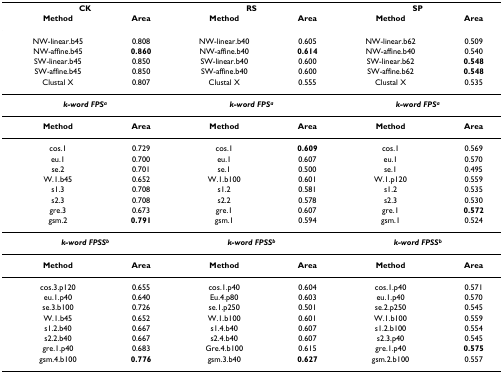
<table><thead><tr><td colspan="2"><b>CK</b></td><td colspan="2"><b>RS</b></td><td colspan="2"><b>SP</b></td></tr><tr><td><b>Method</b></td><td><b>Area</b></td><td><b>Method</b></td><td><b>Area</b></td><td><b>Method</b></td><td><b>Area</b></td></tr></thead><tbody><tr><td>NW-linear.b45</td><td>0.808</td><td>NW-linear.b40</td><td>0.605</td><td>NW-linear.b62</td><td>0.509</td></tr><tr><td>NW-affine.b45</td><td><b>0.860</b></td><td>NW-affine.b40</td><td><b>0.614</b></td><td>NW-affine.b40</td><td>0.540</td></tr><tr><td>SW-linear.b45</td><td>0.850</td><td>SW-linear.b40</td><td>0.600</td><td>SW-linear.b62</td><td><b>0.548</b></td></tr><tr><td>SW-affine.b45</td><td>0.850</td><td>SW-affine.b40</td><td>0.600</td><td>SW-affine.b62</td><td><b>0.548</b></td></tr><tr><td>Clustal X</td><td>0.807</td><td>Clustal X</td><td>0.555</td><td>Clustal X</td><td>0.535</td></tr><tr><td colspan="2"><b><i>k-word FPS<sup>a</sup></i></b></td><td colspan="2"><b><i>k-word FPS<sup>a</sup></i></b></td><td colspan="2"><b><i>k-word FPS<sup>a</sup></i></b></td></tr><tr><td><b>Method</b></td><td><b>Area</b></td><td><b>Method</b></td><td><b>Area</b></td><td><b>Method</b></td><td><b>Area</b></td></tr><tr><td>cos.1</td><td>0.729</td><td>cos.1</td><td><b>0.609</b></td><td>cos.1</td><td>0.569</td></tr><tr><td>eu.1</td><td>0.700</td><td>eu.1</td><td>0.607</td><td>eu.1</td><td>0.570</td></tr><tr><td>se.2</td><td>0.701</td><td>se.1</td><td>0.500</td><td>se.1</td><td>0.495</td></tr><tr><td>W.1.b45</td><td>0.652</td><td>W.1.b100</td><td>0.601</td><td>W.1.p120</td><td>0.559</td></tr><tr><td>s1.3</td><td>0.708</td><td>s1.2</td><td>0.581</td><td>s1.2</td><td>0.535</td></tr><tr><td>s2.3</td><td>0.708</td><td>s2.2</td><td>0.578</td><td>s2.3</td><td>0.530</td></tr><tr><td>gre.3</td><td>0.673</td><td>gre.1</td><td>0.607</td><td>gre.1</td><td><b>0.572</b></td></tr><tr><td>gsm.2</td><td><b>0.791</b></td><td>gsm.1</td><td>0.594</td><td>gsm.1</td><td>0.524</td></tr><tr><td colspan="2"><b><i>k-word FPSS<sup>b</sup></i></b></td><td colspan="2"><b><i>k-word FPSS<sup>b</sup></i></b></td><td colspan="2"><b><i>k-word FPSS<sup>b</sup></i></b></td></tr><tr><td><b>Method</b></td><td><b>Area</b></td><td><b>Method</b></td><td><b>Area</b></td><td><b>Method</b></td><td><b>Area</b></td></tr><tr><td>cos.3.p120</td><td>0.655</td><td>cos.1.p40</td><td>0.604</td><td>cos.1.p40</td><td>0.571</td></tr><tr><td>eu.1.p40</td><td>0.640</td><td>Eu.4.p80</td><td>0.603</td><td>eu.1.p40</td><td>0.570</td></tr><tr><td>se.3.b100</td><td>0.726</td><td>se.1.p250</td><td>0.501</td><td>se.2.p250</td><td>0.545</td></tr><tr><td>W.1.b45</td><td>0.652</td><td>W.1.b100</td><td>0.601</td><td>W.1.b100</td><td>0.559</td></tr><tr><td>s1.2.b40</td><td>0.667</td><td>s1.4.b40</td><td>0.607</td><td>s1.2.b100</td><td>0.554</td></tr><tr><td>s2.2.b40</td><td>0.667</td><td>s2.4.b40</td><td>0.607</td><td>s2.3.p40</td><td>0.545</td></tr><tr><td>gre.1.p40</td><td>0.683</td><td>Gre.4.b100</td><td>0.615</td><td>gre.1.p40</td><td><b>0.575</b></td></tr><tr><td>gsm.4.b100</td><td><b>0.776</b></td><td>gsm.3.b40</td><td><b>0.627</b></td><td>gsm.2.b100</td><td>0.557</td></tr></tbody></table>